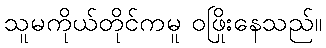
သူမကိုယ်တိုင်ကမူ ဝဖြိုးနေသည်။